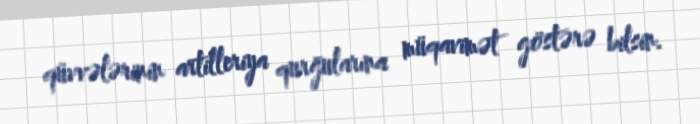
qüvvələrinin artilleriya qurğularına müqavimət göstərə bilsin.